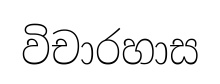
විචාරහාස